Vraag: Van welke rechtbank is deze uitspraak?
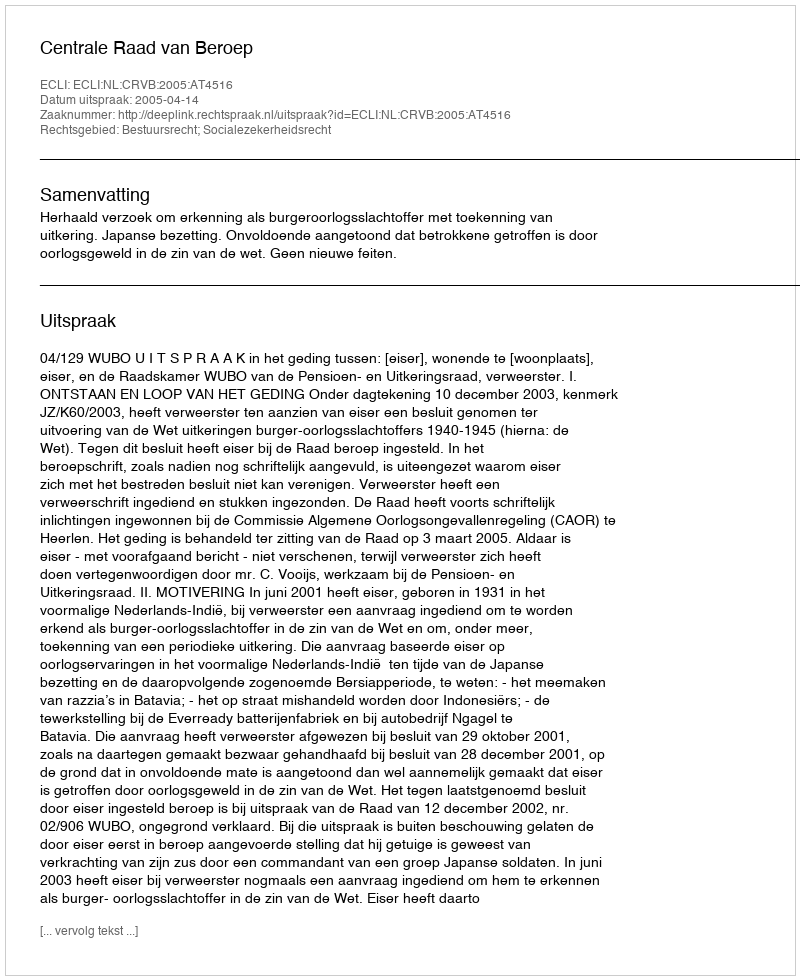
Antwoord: Centrale Raad van Beroep